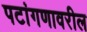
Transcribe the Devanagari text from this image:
पटांगणावरील